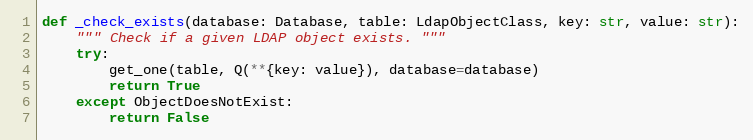
Language: Python
def _check_exists(database: Database, table: LdapObjectClass, key: str, value: str):
    """ Check if a given LDAP object exists. """
    try:
        get_one(table, Q(**{key: value}), database=database)
        return True
    except ObjectDoesNotExist:
        return False